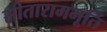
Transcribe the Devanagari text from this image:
सीताराममूर्ति